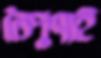
নৈপুণ্যই